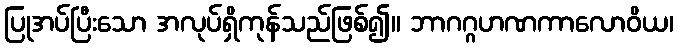
ပြုအပ်ပြီးသော အလုပ်ရှိကုန်သည်ဖြစ်၍။ ဘာဂဂ္ဂဟဏကာလောဝိယ၊